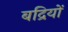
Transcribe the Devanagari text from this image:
बद्रियों